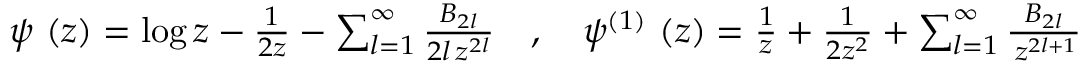
\begin{array} { r } { \psi \, \left( z \right) = \log z - \frac { 1 } { 2 z } - \sum _ { l = 1 } ^ { \infty } \frac { B _ { 2 l } } { 2 l \, z ^ { 2 l } } \quad , \quad \psi ^ { \left( 1 \right) } \, \left( z \right) = \frac { 1 } { z } + \frac { 1 } { 2 z ^ { 2 } } + \sum _ { l = 1 } ^ { \infty } \frac { B _ { 2 l } } { \, z ^ { 2 l + 1 } } } \end{array}